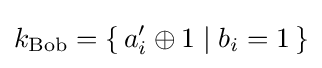
k_{\text{Bob}}=\{\,a'_{i}\oplus 1\mid b_{i}=1\,\}